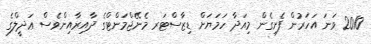
2010 ވަނަ އަހަރުން ފެށިގެން މިއަދާ ހަމަޔަށް ޑިޒާސްޓަރ މެނޭޖްމަންޓްގެ ދާއިރާއިންވެސް ޢަދީލްގެ